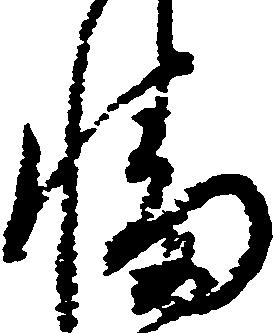
幡